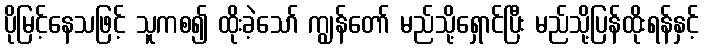
ပိုမြင့်နေသဖြင့် သူကစ၍ ထိုးခဲ့သော် ကျွန်တော် မည်သို့ရှောင်ပြီး မည်သို့ပြန်ထိုးရန်နှင့်